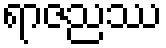
ရာဇညဿ